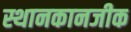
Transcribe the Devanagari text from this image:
स्थानकानजीक